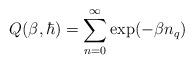
LaTeX: \begin{align*}Q(\beta,\hbar)=\sum_{n=0}^{\infty} \exp(-\beta n_{q})\end{align*}